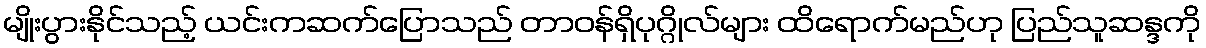
မျိုးပွားနိုင်သည့် ယင်းကဆက်ပြောသည် တာ၀န်ရှိပုဂ္ဂိုလ်များ ထိရောက်မည်ဟု ပြည်သူဆန္ဒကို